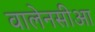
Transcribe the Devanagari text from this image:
वालेनसीआ